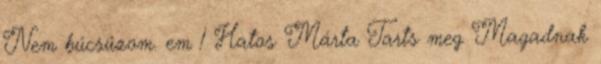
Nem búcsúzom. em 1 Hatos Márta Tarts meg Magadnak